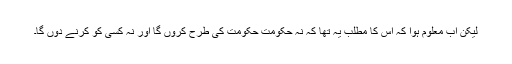
لیکن اب معلوم ہوا کہ اس کا مطلب یہ تھا کہ نہ حکومت حکومت کی طرح کروں گا اور نہ کسی کو کرنے دوں گا۔